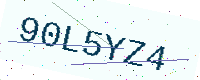
Text: 90L5YZ4